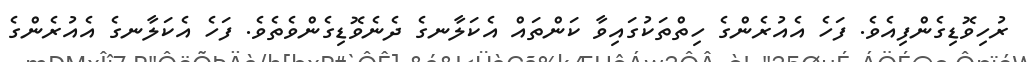
ރުހިވޮޑިގެންފިއެވެ. ފަހެ އެއުރެންގެ ހިތްތަކުގައިވާ ކަންތައް އެކަލާނގެ ދެނެވޮޑިގެންވެތެވެ. ފަހެ އެކަލާނގެ އެއުރެންގެ